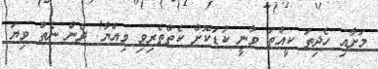
މަށާއި ހެދިތަ ކީއްތަ ވާނީ ކުޑަކޮށް ކެތްތެރިވި ވިއްޔާ! ދެން ނެތް ވިޔަ